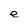
Character: e